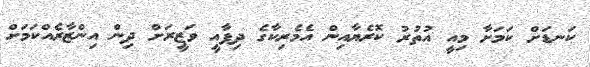
ކަނޑަށް ކަމަށާ މިއީ އުުތުރު ކޮރެޔާއިން އެމެރިކާގެ ދިފާއީ ވަޒީރަށް ދިން އިންޒާރެއްކަމަށް